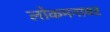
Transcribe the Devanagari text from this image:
लोकमनावर